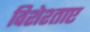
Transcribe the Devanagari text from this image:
विशेश्ताए